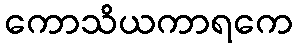
ကောသိယကာရကေ